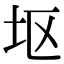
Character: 𫭟